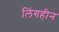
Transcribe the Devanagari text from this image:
लिंगहीन